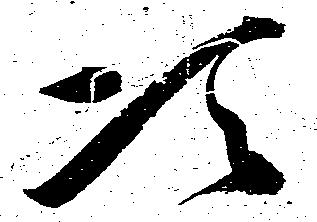
次